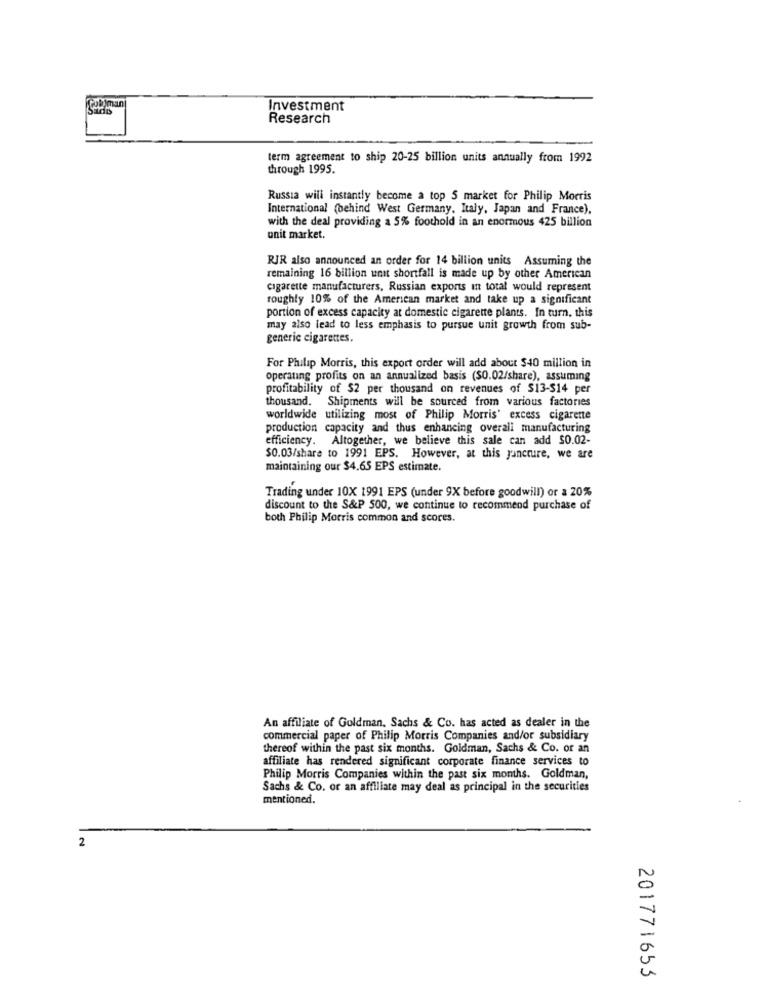
pullman
Investment
Research
term agreement to ship 20-25 billion units annually from 1992
through 1995.
Russia will instantly become a top 5 market for Philip Morris
International (behind West Germany, Italy, Japan and France).
with the deal providing a 5% foothold in an enormous 425 billion
unit market.
RJR also announced an order for 14 billion units Assuming the
remaining 16 billion unit shortfall is made up by other American
cigarette manufacturers, Russian exports in total would represent
roughly 10% of the American market and take up a significant
portion of excess capacity at domestic cigarette plants. In turn, this
may also lead to less emphasis to pursue unit growth from sub-
generic cigarettes.
For Philip Morris, this export order will add about $40 million in
operating profits on an annualized basis (SO.02/share), assuming
profitability of $2 per thousand on revenues of $13-$14 per
thousand. Shipments will be sourced from various factories
worldwide utilizing most of Philip Morris' excess cigarette
production capacity and thus enhancing overall manufacturing
efficiency. Altogether, we believe this sale can add $0.02-
$0.03/share to 1991 EPS. However, at this juncture, we are
maintaining our $4.65 EPS estimate.
Trading under 10X 1991 EPS (under 9X before goodwill) or a 20%
discount to the S&P 500, we continue to recommend purchase of
both Philip Morris common and scores.
An affiliate of Goldman. Sachs & Co. has acted as dealer in the
commercial paper of Philip Morris Companies and/or subsidiary
thereof within the past six months. Goldman, Sachs & Co. or an
affiliate has rendered significant corporate finance services to
Philip Morris Companies within the past six months. Goldman,
Sachs & Co. or an affiliate may deal as principal in the securities
mentioned.
2
201771653